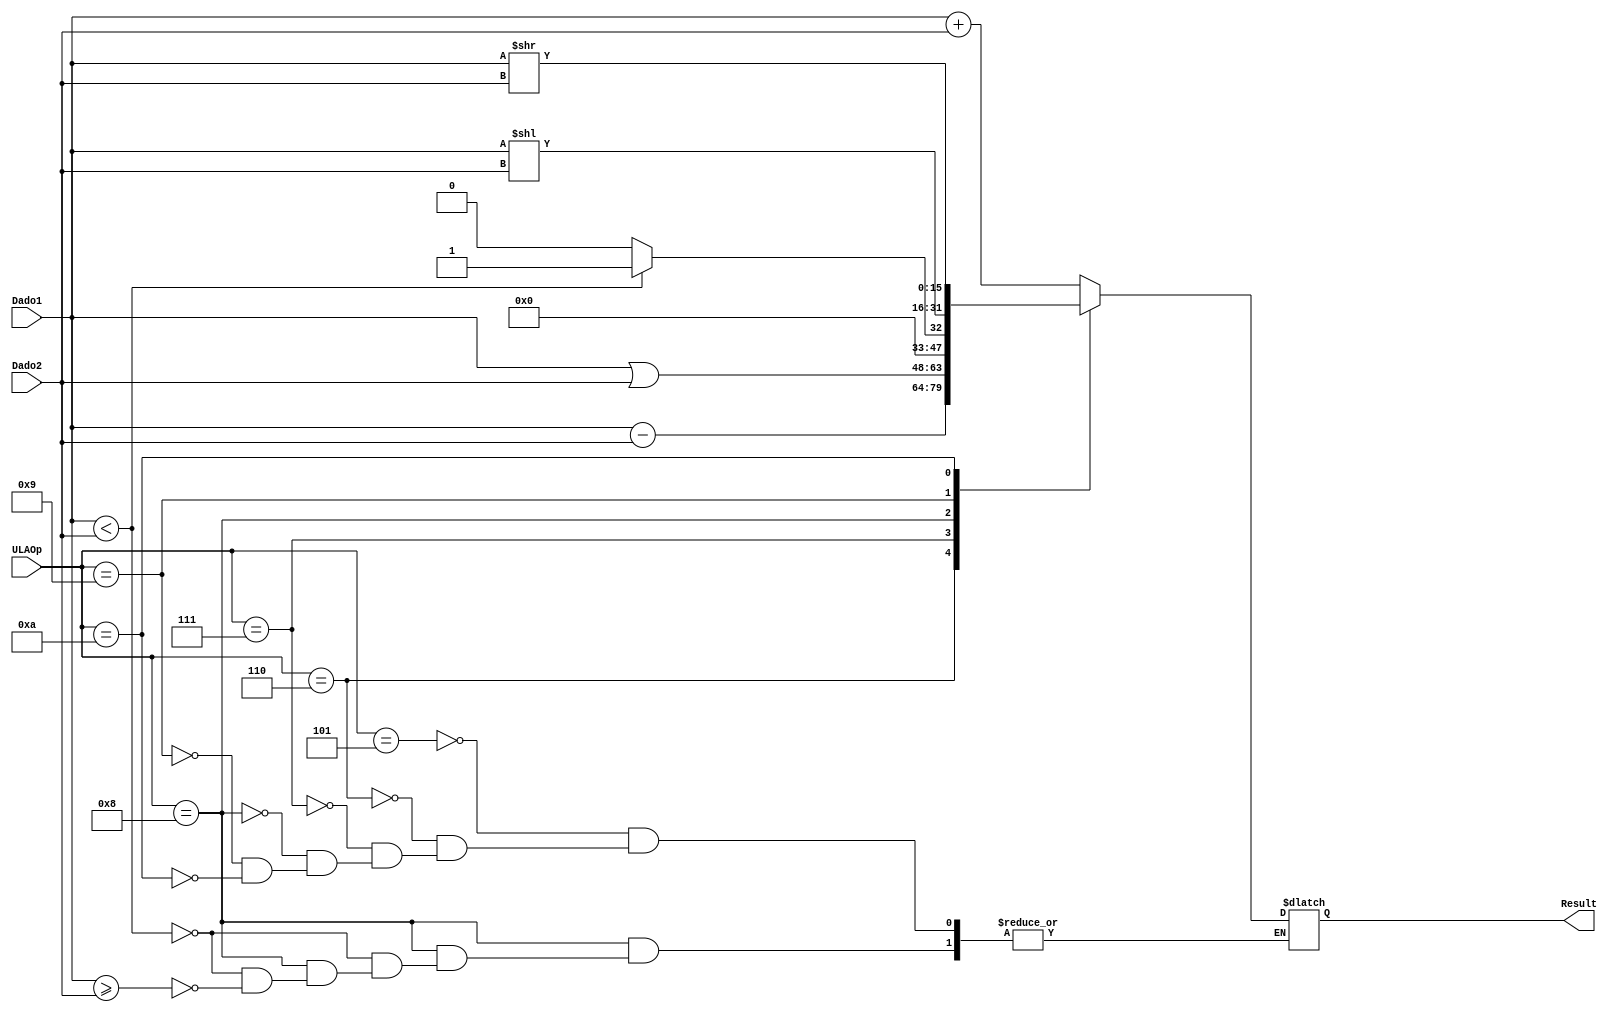
/*
Prtica II - Modulo do ULA
Alunos: Alexandre Roque e Vitor Santana.
Disciplina: Arquitetura e Organizao de Computadores II.
Professora: Daniela Cristina Cascini Kupsch.
*/
module ULA(Dado1,Dado2,ULAOp,Result);
	
	input [15:0] Dado1,Dado2;
	input [3:0] ULAOp;
	
	output reg [15:0] Result;
	 
   always @(*)
   begin // inicio
       case (ULAOp)
			4'b0000: //LD
				begin
					//...
				end
			4'b0001: //ST
				begin
					//...
				end
			4'b0010: //MVNZ
				begin
					//...
				end
			4'b0011: //MV
				begin
					//...
				end
			4'b0100: //MVI
				begin
					//...
				end
			4'b0101: //ADD
				begin
					Result = Dado1 + Dado2;
				end
			4'b0110: //SUB
				begin
					Result = Dado1 - Dado2;
				end
			4'b0111: //OR
				begin
					Result = Dado1 | Dado2;
				end
			4'b1000: //SLT
				begin
					if(Dado1 < Dado2)begin
						Result = 1;
					end
					else
					if(Dado1 >= Dado2)begin
						Result = 0;
					end
				end
			4'b1001: //SLL
				begin
					Result = Dado1 << Dado2;
				end
			4'b1010: //SRL
				begin
					Result = Dado1 >> Dado2;
				end
		endcase
    end //fim
endmodule